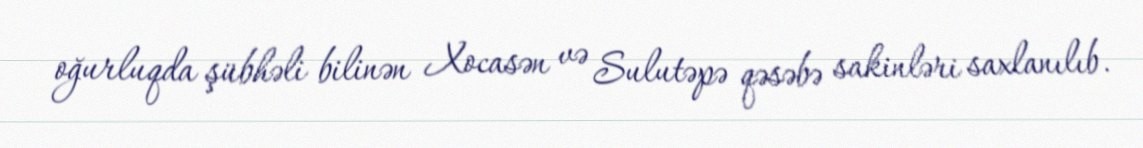
oğurluqda şübhəli bilinən Xocasən və Sulutəpə qəsəbə sakinləri saxlanılıb.